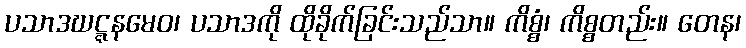
ပသာဒဃဋ္ဋနမေဝ၊ ပသာဒကို ထိုခိုက်ခြင်းသည်သာ။ ကိစ္စံ၊ ကိစ္စတည်း။ တေန၊